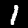
Label: 1